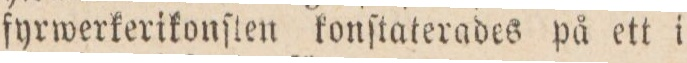
fyrwerkerikonſten konſtaterades på ett i